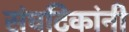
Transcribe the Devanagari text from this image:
संघटिकांनी